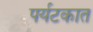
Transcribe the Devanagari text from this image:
पर्यटकात